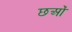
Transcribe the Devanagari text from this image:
छओं